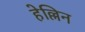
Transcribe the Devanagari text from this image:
हेल्लिन